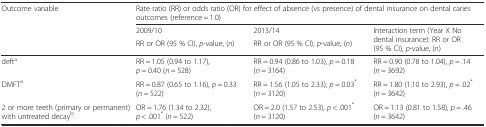
<table><thead><tr><td rowspan="3"><b>Outcome variable</b></td><td colspan="3"><b>Rate ratio (RR) or odds ratio (OR) for effect of absence (vs presence) of dental insurance on dental caries outcomes (reference = 1.0)</b></td></tr><tr><td><b>2009/10</b></td><td><b>2013/14</b></td><td rowspan="2"><b>Interaction term (Year X No dental insurance): RR or OR (95 % CI), <i>p</i>-value, (<i>n</i>)</b></td></tr><tr><td><b>RR or OR (95 % CI), <i>p</i>-value, (<i>n</i>)</b></td><td><b>RR or OR (95 % CI), <i>p</i>-value, (<i>n</i>)</b></td></tr></thead><tbody><tr><td>deft<sup>a</sup></td><td>RR = 1.05 (0.94 to 1.17), <i>p</i> = 0.40 (<i>n</i> = 528)</td><td>RR = 0.94 (0.86 to 1.03), <i>p</i> = 0.18 (<i>n</i> = 3164)</td><td>RR = 0.90 (0.78 to 1.04), <i>p</i> = .14 (<i>n</i> = 3692)</td></tr><tr><td>DMFT<sup>a</sup></td><td>RR = 0.87 (0.65 to 1.16), <i>p</i> = 0.33 (<i>n</i> = 522)</td><td>RR = 1.56 (1.05 to 2.33), <i>p</i> = 0.03<sup>*</sup> (<i>n</i> = 3120)</td><td>RR = 1.80 (1.10 to 2.93), <i>p</i> = .02<sup>*</sup> (<i>n</i> = 3642)</td></tr><tr><td>2 or more teeth (primary or permanent) with untreated decay<sup>b</sup></td><td>OR = 1.76 (1.34 to 2.32), <i>p</i> &lt; .001<sup>*</sup> (<i>n</i> = 522)</td><td>OR = 2.0 (1.57 to 2.53), <i>p</i> &lt; .001<sup>*</sup> (<i>n</i> = 3120)</td><td>OR = 1.13 (0.81 to 1.58), <i>p</i> = .46 (<i>n</i> = 3642)</td></tr></tbody></table>